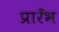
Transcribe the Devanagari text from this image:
प्रारँभ